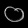
Digit: ၀